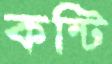
কন্টি